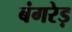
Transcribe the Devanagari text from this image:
बंगरेड़